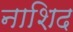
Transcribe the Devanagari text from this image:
नाशिद